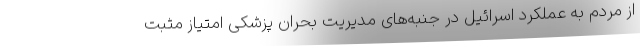
از مردم به عملکرد اسرائیل در جنبه‌های مدیریت بحران پزشکی امتیاز مثبت